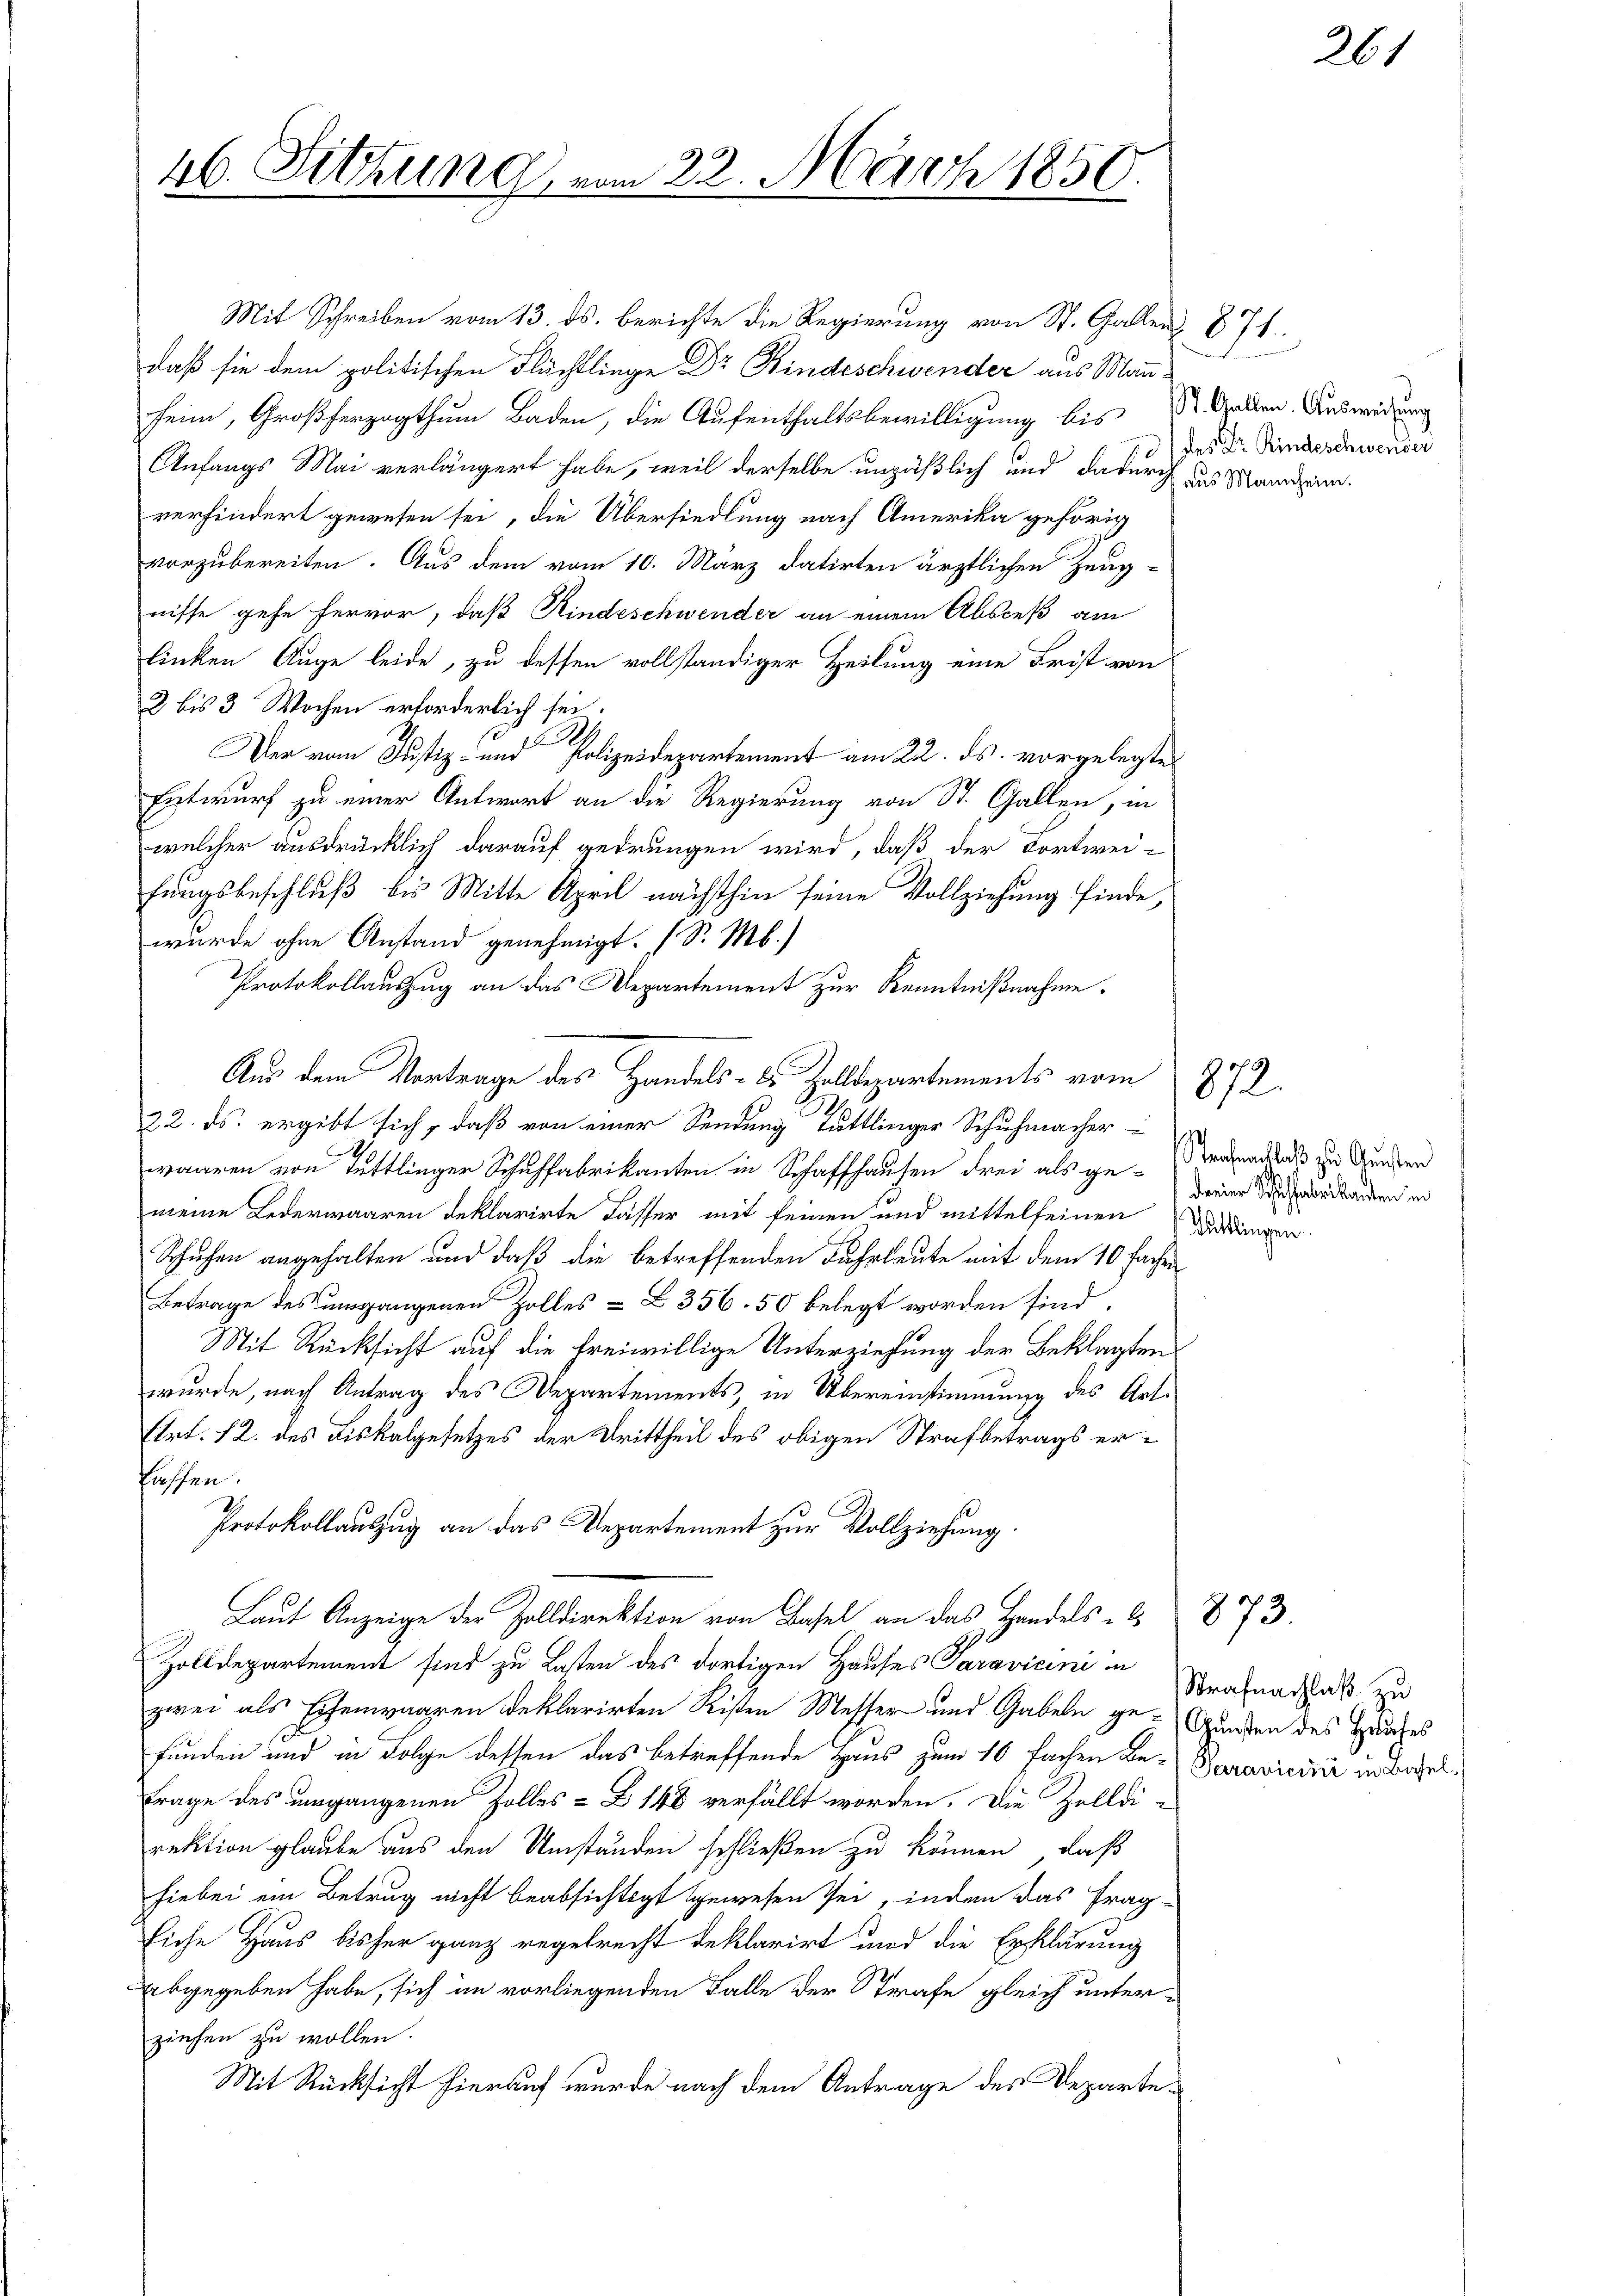
26. Sitzung

Mit Schreiben vom 13. ds. berichte die Regierung von St. Gallen § 74.
daß sie dem politischen Flüchtlinge Dr Kindeschwender aus Mann
heim, Großherzogthum Baden, die Aufenthaltsbewilligung bis St. Gallen. Auswidung
Anfangs Mai verlängert habe, weil derselbe unpäßlich und dadurch das Mandzinverhindert gewesen sei, die Übersiedlung nach Amerika gehörig
vorzubereiten. Aus dem vom 10. März datirten ärztlichen Zeug-
nisse gehe hervor, daß Kindeschwender an einem Absceß am
linken Auge leide, zu dessen vollständiger Heilung eine Frist von
2 bis 3 Wochen erforderlich sei.
Der vom Justiz- und Polizeidepartement am 22. ds. vorgelegte
Entwurf zu einer Antwort an die Regierung von St. Gallen, in
welcher ausdrücklich darauf gedrungen wird, daß der Fortwei-
fungsbeschluß bis Mitte April nächsthin seine Vollziehung finde,
wurde ohne Anstand genehmigt. (S. M.)
Protokollauszug an das Departement zur Kenntnißnahme.
22. ds. ergibt sich, daß von einer Sendung Tuttlinger Schuhmacher
waaren von Tuttlinger Schaffabrikanten in Schaffhausen drei als ge- eine Sandbaren in
meine Lederwaaren deklarirte Fässer mit seinen und mittelfeinen Dirdungen
Schuhen angehalten und daß die betreffenden Fuhrleute mit dem 10 fachen
Betrage des umgangenen Zolles = L 356. 50 belegt worden sind,
Mit Rücksicht auf die freiwillige Unterziehung der Beklagten
wurde, nach Antrag des Departements, in Übereinstimmung des Art.
Etrt. 12. des Fiskalgesetzes der Drittheil des obigen Strafbetrags erkassen.
Protokollauszug an das Departement zur Vollziehung
Laut Anzeige der Zolldirektion von Basel an das Handels-C
Zolldepartement sind zu Lasten des dortigen Hauses Paravicini in
zwei als Eisenwaaren deklarirten Risten Messer und Gabeln ge-Gunden des Heuches
funden und in Folge dessen das betreffende Haus zum 10 fachen Be-Paravicini unbegel
Frage des vergangenen Zolles-Z 148 verfällt worden. Die Zelldi-
rektion glaube aus den Umständen schließen zu können, daß
hiebei ein Betrug nicht beabsichtigt gewesen sei, inden das Frag-
Eiche Haus bisher ganz regelrecht deklarirt und die Erklärung
abgegeben habe, sich im vorliegenden Falle der Strafe gleich unter-
ziehen zu wollen.
Mit Rücksicht hierauf wurde nach dem Antrage des Departe¬

Aus dem Vortrage des Handels- & Zolldepartements vom

22. März 1850.

des Dr. Rindeschwender

872.
Strafenachlaß zu Gunsten

873.

261

Strafnachlaß zu